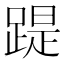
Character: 踶